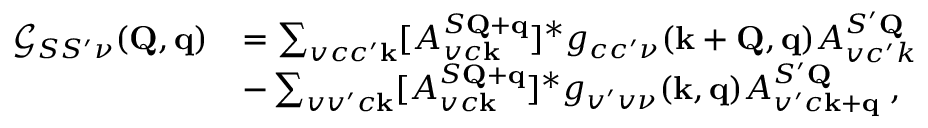
\begin{array} { r l } { \mathcal { G } _ { S S ^ { \prime } \nu } ( \mathbf { Q } , \mathbf { q } ) } & { = \sum _ { v c c ^ { \prime } \mathbf { k } } [ A _ { v c \mathbf { k } } ^ { S \mathbf { Q } + \mathbf { q } } ] ^ { * } g _ { c c ^ { \prime } \nu } ( \mathbf { k } + \mathbf { Q } , \mathbf { q } ) A _ { v c ^ { \prime } k } ^ { S ^ { \prime } \mathbf { Q } } } \\ & { - \sum _ { v v ^ { \prime } c \mathbf { k } } [ A _ { v c \mathbf { k } } ^ { S \mathbf { Q } + \mathbf { q } } ] ^ { * } g _ { v ^ { \prime } v \nu } ( \mathbf { k } , \mathbf { q } ) A _ { v ^ { \prime } c \mathbf { k } + \mathbf { q } } ^ { S ^ { \prime } \mathbf { Q } } \; , } \end{array}